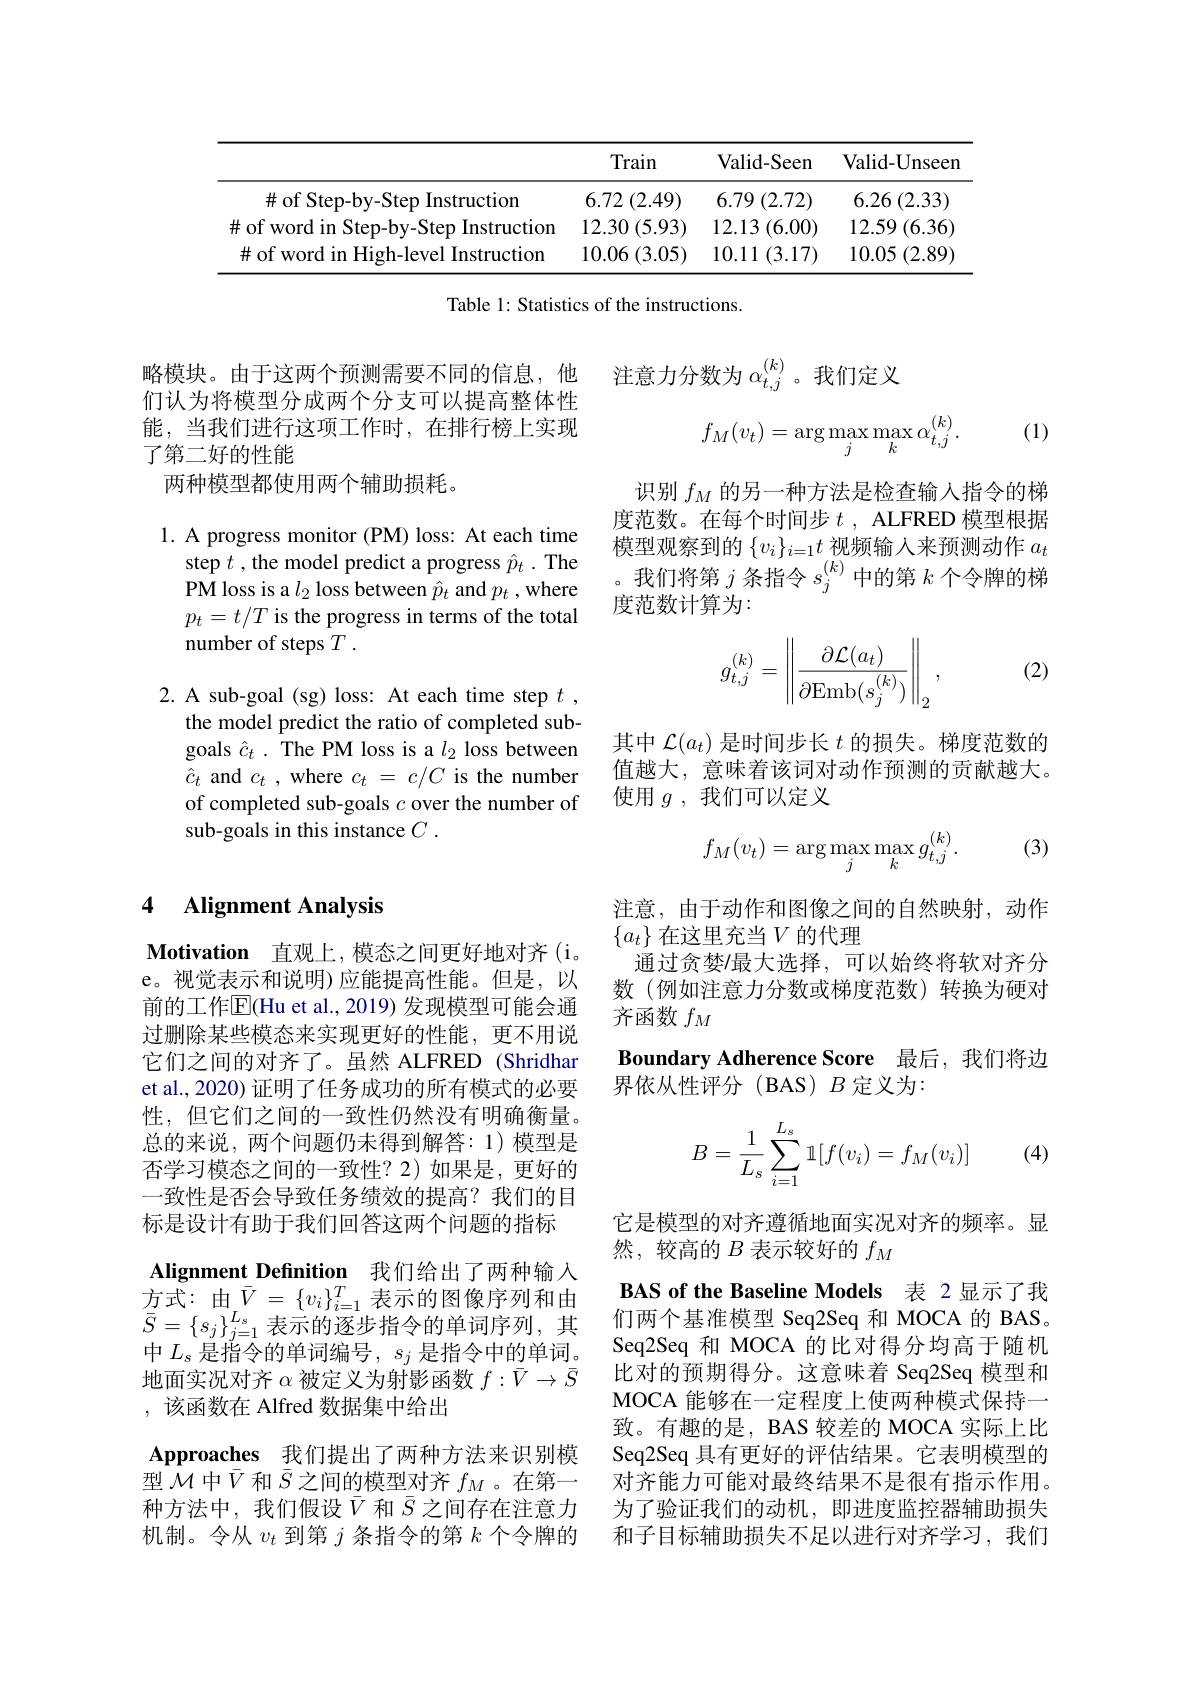
<table>
	<tbody>
		<tr>
			<th> </th>
			<th>Train</th>
			<th>Valid-Seen</th>
			<th>${\mathrm{Valid-Unseen}}$</th>
		</tr>
		<tr>
			<td>$\#$ of Step-by-Step Instruction</td>
			<td>$6.72\left(2.49\right)$</td>
			<td>$6.79\left(2.72\right)$</td>
			<td>$6.26\left(2.33\right)$</td>
		</tr>
		<tr>
			<td>$\#$ of word in Step-by-Step Instruction</td>
			<td>(5.93) 12.30</td>
			<td>12.13 (6.00)</td>
			<td>(6.36) 12.59</td>
		</tr>
		<tr>
			<td>$\#$ of word in High-level Instruction</td>
			<td>10.06 (3.05)</td>
			<td>10.11 1 (3.17)</td>
			<td>10.05 (2.89)</td>
		</tr>
	</tbody>
</table>

Table 1: Statistics of the instructions.

略模块。由于这两个预测需要不同的信息，他 注意力分数为$\alpha_{t,j}^{(k)}$。我们定义

们认为将模型分成两个分支可以提高整体性能，当我们进行这项工作时，在排行榜上实现了第二好的性能
两种模型都使用两个辅助损耗。

(1)
$$f_M(v_t)=\arg\max_j\max_k\alpha_{t,j}^{(k)}.$$
识别$f_M$的另一种方法是检查输人指令的梯度范数。在每个时间步$t$, ALFRED 模型根据模型观察到的$\{v_i\}_{i=1}t$视频输入来预测动作$a_t$ 。我们将第$j$条指令$s_j^{(k)}$中的第$k$个令牌的梯度范数计算为：

1. A progress monitor (PM) loss: At each time
step $t$ , the model predict a progress $\hat{p}_t.$ The PM loss is a $l_2$ loss between $\hat{p}_t$ and $p_t$ ,where $p_t=t/T$ is the progress in terms of the total number of steps $T.$

(2)
$$g_{t,j}^{(k)}=\left\|\frac{\partial\mathcal{L}(a_t)}{\partial\mathrm{Emb}(s_j^{(k)})}\right\|_2,$$
2. A sub-goal (sg) loss: At each time step $t$,
the model predict the ratio of completed subgoals $\hat{c}_t.$ The PM loss is a $l_2$ loss between $\hat{c}_t$ and $c_t$ , where $c_t=c/C$ is the number of completed sub-goals $c$ over the number of sub-goals in this instance $C$ .

其中$\mathcal{L}(a_t)$是时间步长$t$的损失。梯度范数的值越大，意味着该词对动作预测的贡献越大。使用$g$ ,我们可以定义
$$f_M(v_t)=\arg\max_j\max_kg_{t,j}^{(k)}.$$
(3)

### 4 Alignment Analysis

注意，由于动作和图像之间的自然映射，动作
Motivation 直观上，模态之间更好地对齐(i。通过贪婪/最大洗择，可
通过贪婪/最大选择，可以始终将软对齐分数(例如注意力分数或梯度范数)转换为硬对齐函数$f_M$
Boundary Adherence Score 最后，我们将边
界依从性评分(BAS)$B$定义为：
$$B=\dfrac{1}{L_s}\sum_{i=1}^{L_s}\mathbb{1}[f(v_i)=f_M(v_i)]$$
(4)

它是模型的对齐遵循地面实况对齐的频率。显
然，较高的$B$表示较好的$f_M$

e。视觉表示和说明)应能提高性能。但是，以前的工作$\mathbb{E}($Hu et al., 2019) 发现模型可能会通过删除某些模态来实现更好的性能，更不用说它们之间的对齐了。虽然 ALFRED (Shridhar et al., 2020) 证明了任务成功的所有模式的必要性，但它们之间的一致性仍然没有明确衡量。总的来说，两个问题仍未得到解答：1)模型是否学习模态之间的一致性？2)如果是，更好的一致性是否会导致任务绩效的提高？我们的目标是设计有助于我们回答这两个问题的指标Alignment Definition 我们给出了两种输入方式：由$\bar{V}=\{v_i\}_{i=1}^T$表示的图像序列和由$\bar{S}=\{s_j\}_{j=1}^{L_s}$表示的逐步指令的单词序列，其中$L_s$是指令的单词编号，$s_j$是指令中的单词。地面实况对齐$\alpha$被定义为射影函数$f:\bar{V}\to\bar{S}$ ,该函数在 Alfred 数据集中给出
$\mathbf{Approaches}$ $\underline {\text{我 们 提 出 了 两 种 方 法 来 识 别 模 }}$ 型$\mathcal{M}$中$\bar{V}$和$\bar{S}$之间的模型对齐$f_M$ 。在第一种方法中，我们假设$\bar{V}$和$\bar{S}$之间存在注意力机制。令从$v_t$到第$j$条指令的第$k$个令牌的

BAS of the Baseline Models 表 2 显示了我们两个基准模型 Seq2Seq 和 MOCA 的 BAS。Seq2Seq 和 MOCA 的比对得分均高于随机比对的预期得分。这意味着 Seq2Seq 模型和MOCA 能够在一定程度上使两种模式保持一致。有趣的是，BAS 较差的 MOCA 实际上比Seq2Seq 具有更好的评估结果。它表明模型的对齐能力可能对最终结果不是很有指示作用。为了验证我们的动机，即进度监控器辅助损失和子目标辅助损失不足以进行对齐学习，我们